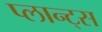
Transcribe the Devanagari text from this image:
प्लान्ट्स